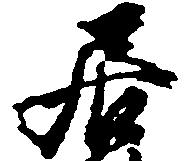
居